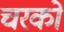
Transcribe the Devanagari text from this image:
चरको